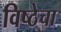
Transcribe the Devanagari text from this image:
विष्ठेचा